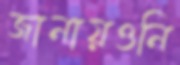
জানায়ওনি